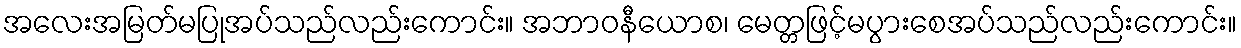
အလေးအမြတ်မပြုအပ်သည်လည်းကောင်း။ အဘာဝနီယောစ၊ မေတ္တဖြင့်မပွားစေအပ်သည်လည်းကောင်း။